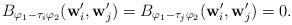
LaTeX: \begin{align*}B_{\varphi_1-\tau_i\varphi_2}(\mathbf w_i',\mathbf w_j')=B_{\varphi_1-\tau_j\varphi_2}(\mathbf w_i',\mathbf w_j')=0.\end{align*}